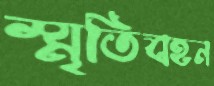
স্মৃতিবহন